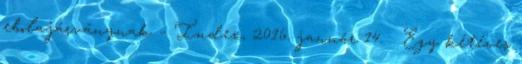
ebolajárványnak – Index, 2016. január 14. ↑ Egy kétéves